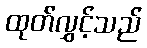
ထုတ်လွှင့်သည်